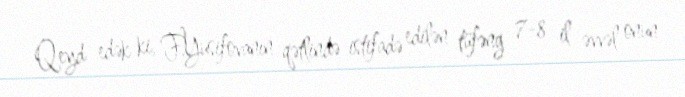
Qeyd edək ki, F.Yusifovanın qətlində istifadə edilən tüfəng 7-8 il əvvəl onun